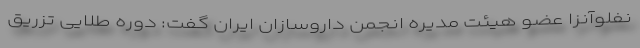
نفلوآنزا عضو هیئت مدیره انجمن داروسازان ایران گفت: دوره‌ طلایی تزریق